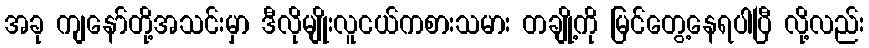
အခု ကျနော်တို့အသင်းမှာ ဒီလိုမျိုးလူငယ်ကစားသမား တချို့ကို မြင်တွေ့နေရပါပြီ လို့လည်း